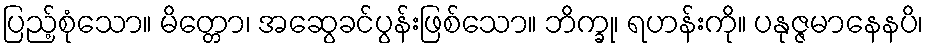
ပြည့်စုံသော။ မိတ္တော၊ အဆွေခင်ပွန်းဖြစ်သော။ ဘိက္ခု၊ ရဟန်းကို။ ပနုဇ္ဇမာနေနပိ၊